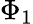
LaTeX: \Phi_{1}